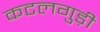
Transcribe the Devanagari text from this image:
कटलगुड़ी